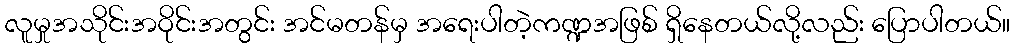
လူမှုအသိုင်းအဝိုင်းအတွင်း အင်မတန်မှ အရေးပါတဲ့ကဏ္ဍအဖြစ် ရှိနေတယ်လို့လည်း ပြောပါတယ်။